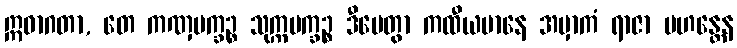
ဣဓာဂတာ, တေ ကဏှပက္ခဉ္စ သုက္ကပက္ခဉ္စ ဒီပေတွာ ကထီယမာနေ အမှာကံ ရာဇာ မဟန္တေန